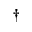
^ \dagger